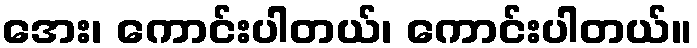
အေး၊ ကောင်းပါတယ်၊ ကောင်းပါတယ်။